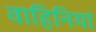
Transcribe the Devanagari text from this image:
वाहिनियां